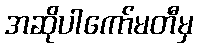
အဆိုပါကော်မတီမှ